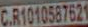
CR1010567621